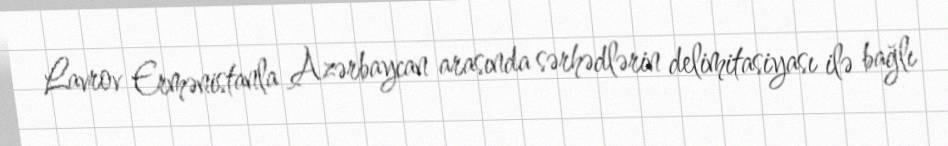
Lavrov Ermənistanla Azərbaycan arasında sərhədlərin delimitasiyası ilə bağlı